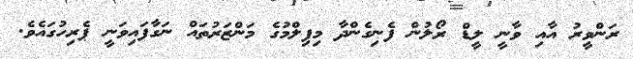
ރަންވީރު އާއި ވާނީ ލީޑް ރޯލުން ފެނިގެންދާ މިފިލްމުގެ މަންޒަރުތައް ނަގާފައިވަނީ ޕެރިހުގައެވެ.